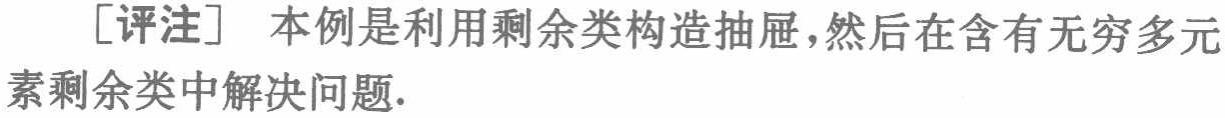
[评注] 本例是利用剩余类构造抽屉，然后在含有无穷多元素剩余类中解决问题.